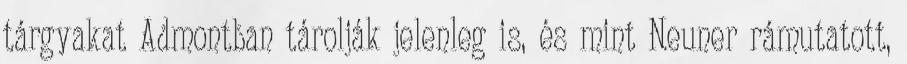
tárgyakat Admontban tárolják jelenleg is, és mint Neuner rámutatott,